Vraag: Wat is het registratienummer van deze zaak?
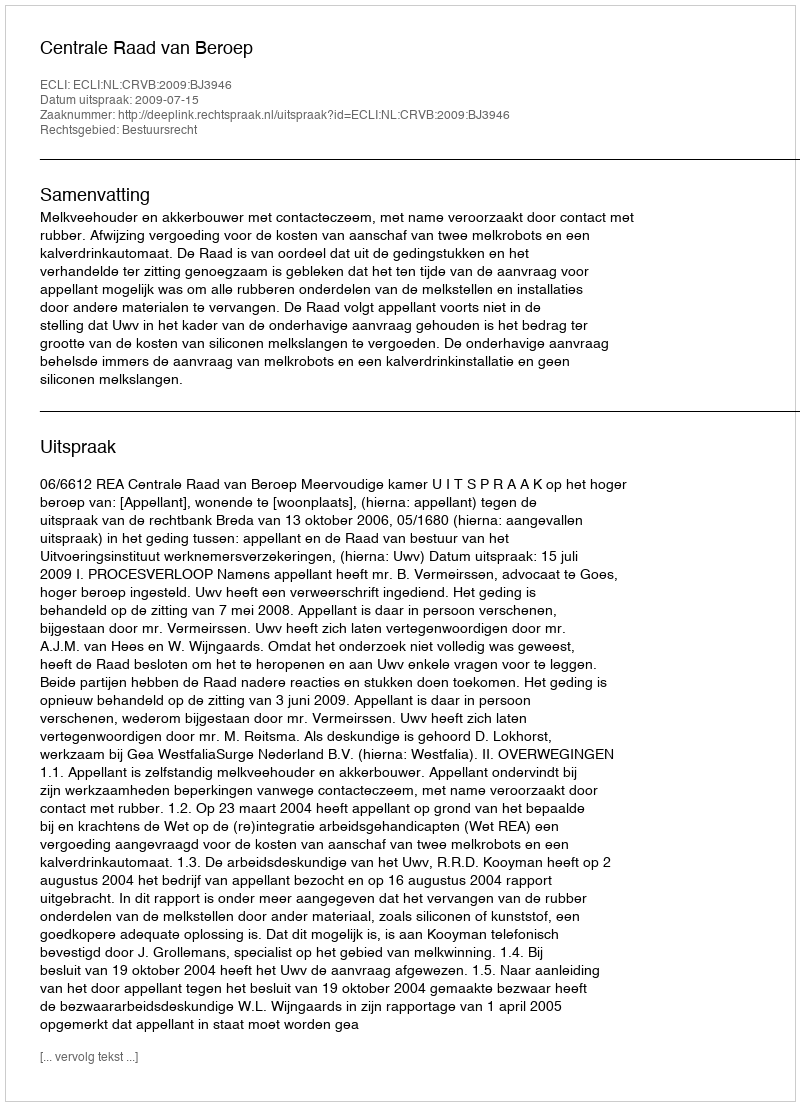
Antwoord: http://deeplink.rechtspraak.nl/uitspraak?id=ECLI:NL:CRVB:2009:BJ3946